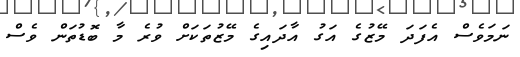
ނަމަވެސް އެފަދަ މޭޒުގެ އަގު އާދައިގެ މޭޒުތަކަށް ވުރެ މާ ބޮޑުތަން ވެސް